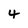
Character: 4